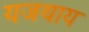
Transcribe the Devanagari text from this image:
यजथाय